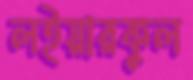
লইয়ারকুল